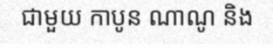
ជាមួយ កាបូន ណាណូ និង